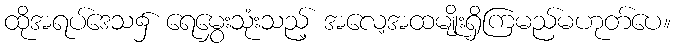
ထိုအရပ်ဒေသ၌ ရေမွှေးသုံးသည့် အလေ့အထမျိုးရှိကြမည်မဟုတ်ပေ။